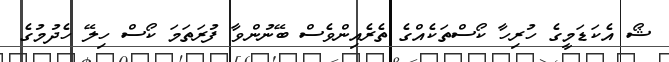
ޝޯ އެކަޑަމީގެ ހުރިހާ ކޯސްތަކެއްގެ ތެރެއިންވެސް ބޭނުންވާ ފުރަތަމަ ކޯސް ހިލޭ ހެދުމުގެ